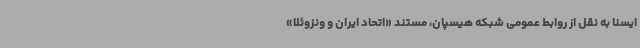
ایسنا به نقل از روابط عمومی شبکه هیسپان، مستند «اتحاد ایران و ونزوئلا»